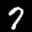
Label: 7